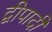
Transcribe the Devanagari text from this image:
द्वीपादी